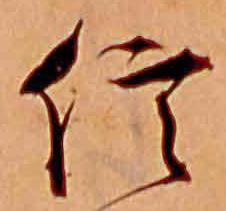
信